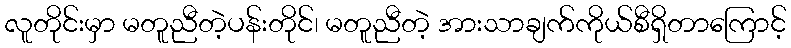
လူတိုင်းမှာ မတူညီတဲ့ပန်းတိုင်၊ မတူညီတဲ့ အားသာချက်ကိုယ်စီရှိတာကြောင့်